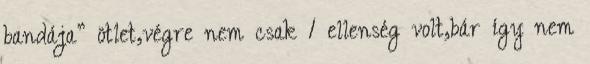
bandája” ötlet,végre nem csak 1 ellenség volt,bár így nem